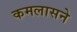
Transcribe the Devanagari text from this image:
कमलासने